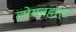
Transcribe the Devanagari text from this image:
लोयनहार्ट